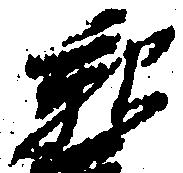
親